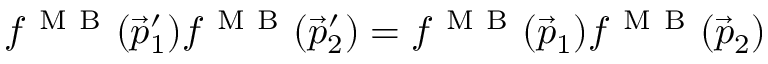
f ^ { \mathrm { ~ M ~ B ~ } } ( \vec { p } _ { 1 } ^ { \prime } ) f ^ { \mathrm { ~ M ~ B ~ } } ( \vec { p } _ { 2 } ^ { \prime } ) = f ^ { \mathrm { ~ M ~ B ~ } } ( \vec { p } _ { 1 } ) f ^ { \mathrm { ~ M ~ B ~ } } ( \vec { p } _ { 2 } )